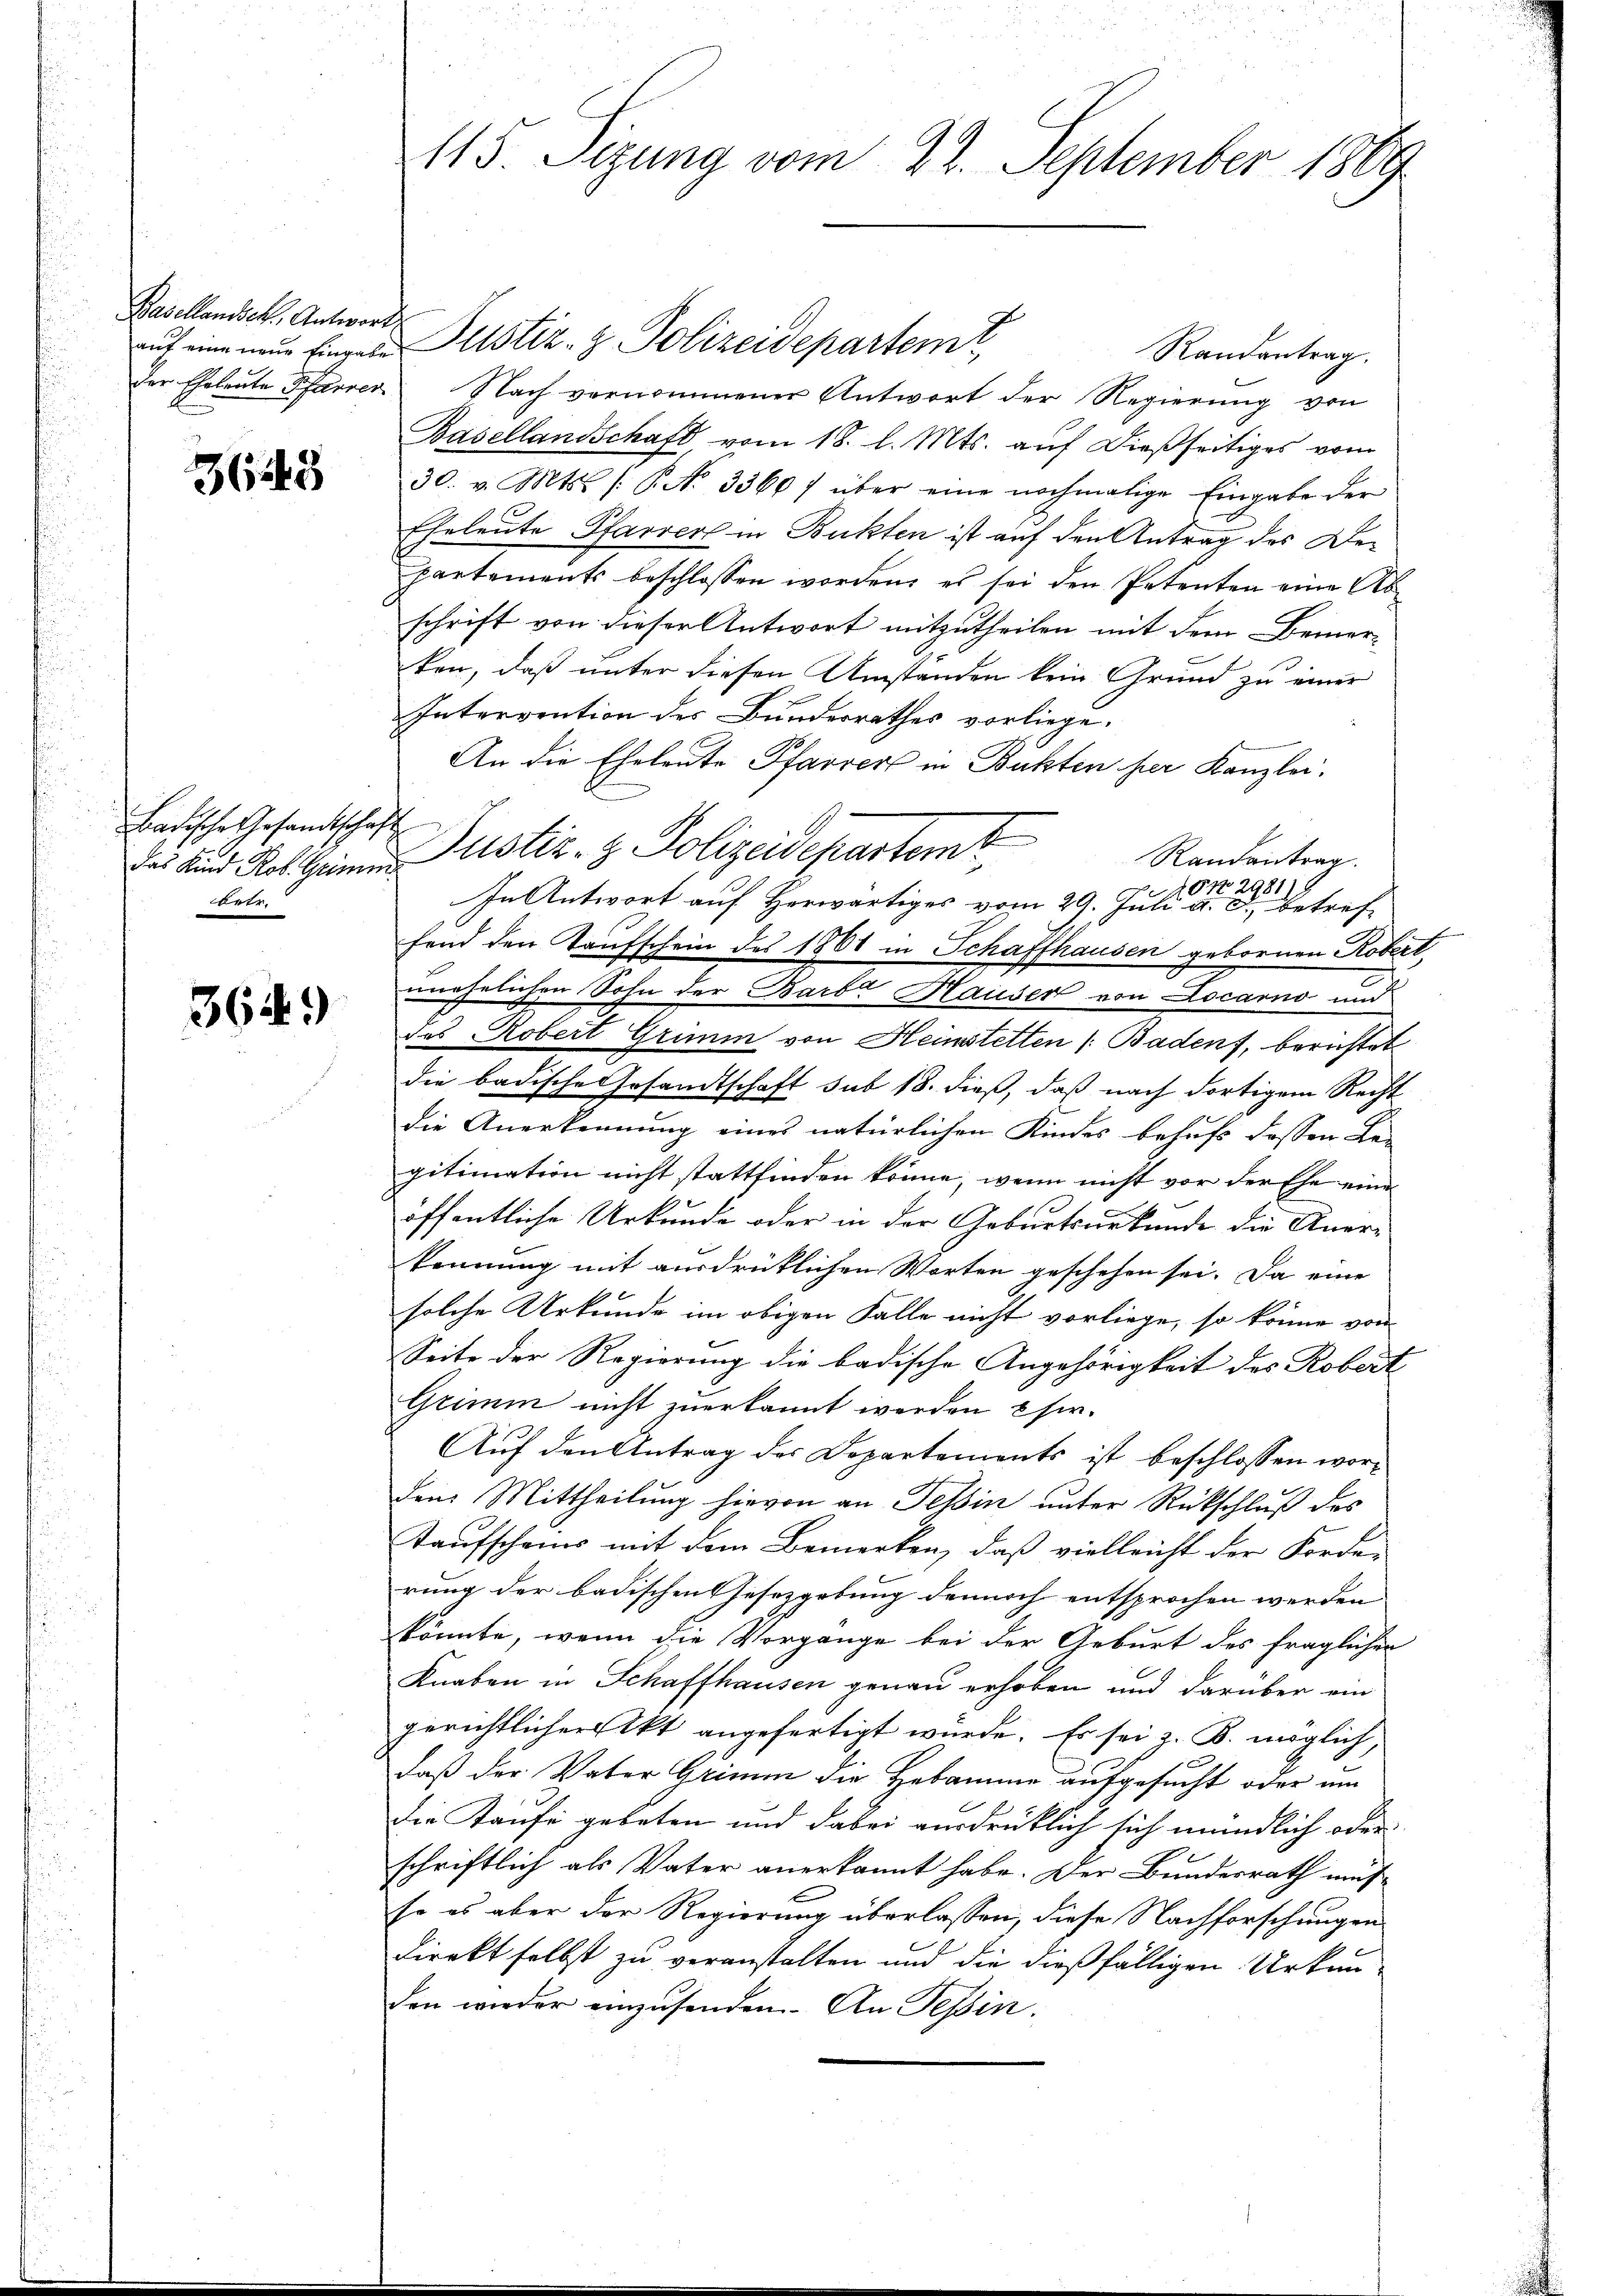
Basellandsch, Antwort

3643

Badische Gesandtschaft
wetr.

364)

auf eine neue Eingere Justiz- & Polizeidepartemt,
Randantrag.
der Eheleute Pfarrer Nach vernommener Antwort der Regierung von
Basellandschaft vom 18. l. Mts. auf dießseitiges vom
30. v. Mts. /: P. N. 33607 über eine nochmalige Eingabe der
Eheleute Pfarrers in Buckten ist auf den Antrag des Departements beschlossen worden, es sei den Petenten eine Abschrift von dieser Antwort mitzutheilen mit dem Bemerken, daß unter diesen Umstanden kein Grund zu einer
Intervention des Bundesrathes vorliege.
An die Eheleute Pfarrer in Butten her Kanzlei.
Das und Rat Heimen Justiz- & Polizeidepartemt
d
In Antwort auf Herwärtiges vom 29. Juli a. c., betref-
fend den Taufschein des 1861 in Schaffhausen gebornen Robert
wehrlichen Sohn der Barbe Hauser von Locarno und
das Robert Grimm von Heinstetten (Badens, berichtet
die badische Gesandtschaft sub 18. dieß, daß nach dortigem Recht
die Anerkennung eines natürlichen Kindes behufs dessen Re-
gitimation nicht stattfinden könne, wenn nicht vor der Ehe eine
öffentliche Urkunde oder in der Geburtsurkunde die Anorkennung mit ausdrüklichen Worten geschehen sei. Da eine
solche Urkunde im obigen Falle nicht vorliege, so könne von
Seite der Regierung die badische Angehörigkeit des Robert
Grimm nicht zuerkannt werden Eser.
Auf den Antrag der Departements ist beschlossen worden Mittheilung hievon an Tessin unter Rückschluß des
taufscheins mit dem Bemerken, daß vielleicht der Forderung der badischen Gesetzgebung dennoch entsprochen werden
könnte, wenn die Vorgange bei der Geburt des fraglichen
Knaben in Schaffhausen genau erhoben und darüber ein
gerichtlicher Akt angefertigt würde. Es sei z. B. möglich,
daß der Vater Grimm die Hebamme aufgesucht oder um
die Kaufe gebeten und dabei ausdrücklich sich mündlich oder
schriftlich als Vater anerkannt habe. Der Bundesrath müs-
so es aber der Regierung überlassen, diese Nachforschungen
Direkt selbst zu veranstalten und die dießfälligen Urkun-
den wieder einzusenden. An Tessin.

113. Sezung vom 22. September 1869

Randantrag.
ON 2981.